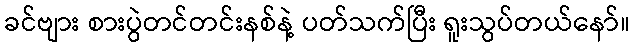
ခင်ဗျား စားပွဲတင်တင်းနစ်နဲ့ ပတ်သက်ပြီး ရူးသွပ်တယ်နော်။